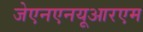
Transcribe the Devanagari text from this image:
जेएनएनयूआरएम